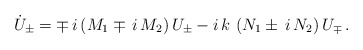
\begin{align*}\dot{U}_\pm = \mp \, i \left( M_1 \mp \, i \, M_2 \right) U_\pm- i \, k \, \left( N_1 \pm \, i \, N_2 \right) U_\mp \,.\end{align*}